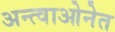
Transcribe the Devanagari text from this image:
अन्त्वाओनेत